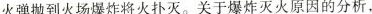
火弹抛到火场爆炸将火扑灭。关于爆炸灭火原因的分析，